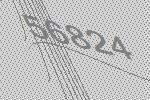
56824